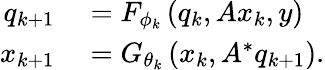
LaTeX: \begin{array}{rl}{q_{k+1}}&{{}=F_{\phi_{k}}\left(q_{k},Ax_{k},y\right)}\\ {x_{k+1}}&{{}=G_{\theta_{k}}\left(x_{k},A^{*}q_{k+1}\right).}\end{array}